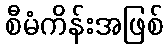
စီမံကိန်းအဖြစ်